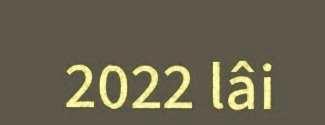
2022 lâi